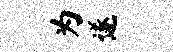
为遂